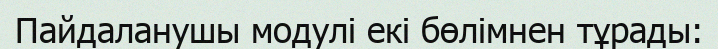
Пайдаланушы модулі екі бөлімнен тұрады: